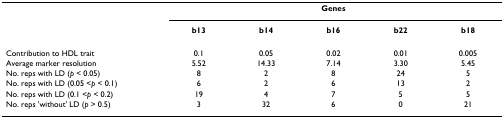
<table><thead><tr><td></td><td colspan="5"><b>Genes</b></td></tr><tr><td></td><td><b>b13</b></td><td><b>b14</b></td><td><b>b16</b></td><td><b>b22</b></td><td><b>b18</b></td></tr></thead><tbody><tr><td>Contribution to HDL trait</td><td>0.1</td><td>0.05</td><td>0.02</td><td>0.01</td><td>0.005</td></tr><tr><td>Average marker resolution</td><td>5.52</td><td>14.33</td><td>7.14</td><td>3.30</td><td>5.45</td></tr><tr><td>No. reps with LD (<i>p </i>&lt; 0.05)</td><td>8</td><td>2</td><td>8</td><td>24</td><td>5</td></tr><tr><td>No. reps with LD (0.05 &lt;<i>p </i>&lt; 0.1)</td><td>6</td><td>2</td><td>6</td><td>13</td><td>2</td></tr><tr><td>No. reps with LD (0.1 &lt;<i>p </i>&lt; 0.2)</td><td>19</td><td>4</td><td>7</td><td>5</td><td>5</td></tr><tr><td>No. reps &#x27;without&#x27; LD (<i>p </i>&gt; 0.5)</td><td>3</td><td>32</td><td>6</td><td>0</td><td>21</td></tr></tbody></table>